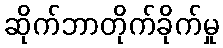
ဆိုက်ဘာတိုက်ခိုက်မှု